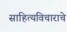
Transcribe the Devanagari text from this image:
साहित्यविचाराचे